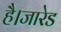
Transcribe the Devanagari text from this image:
है।जारेड